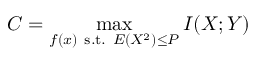
C = \operatorname* { m a x } _ { f ( x ) { \mathrm { ~ s . t . ~ } } E \left( X ^ { 2 } \right) \leq P } I ( X ; Y ) \,